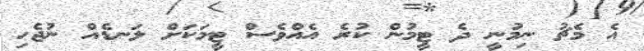
އެ މެޗު ނިމުނީ ދެ ޓީމުން ކުރެ އެއްވެސް ޓީމަކަށް ލަނޑެއް ނުޖެހި